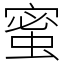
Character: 蜜